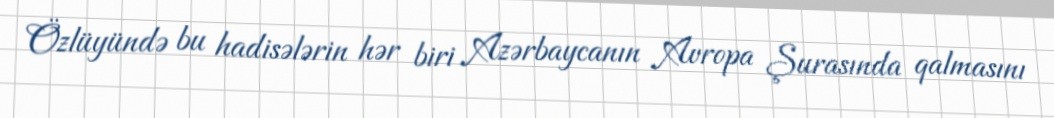
Özlüyündə bu hadisələrin hər biri Azərbaycanın Avropa Şurasında qalmasını